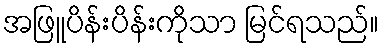
အဖြူပိန်းပိန်းကိုသာ မြင်ရသည်။